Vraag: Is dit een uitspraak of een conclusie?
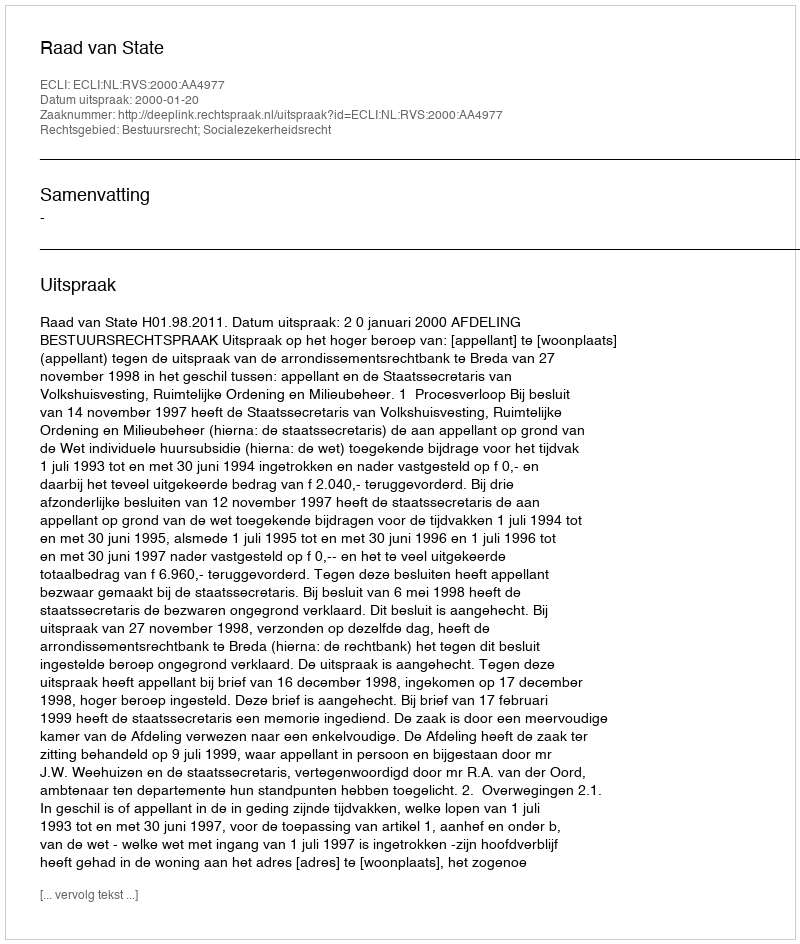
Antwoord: Uitspraak